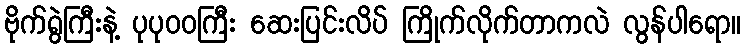
ဗိုက်ရွဲကြီးနဲ့ ပုပုဝဝကြီး ဆေးပြင်းလိပ် ကြိုက်လိုက်တာကလဲ လွန်ပါရော။